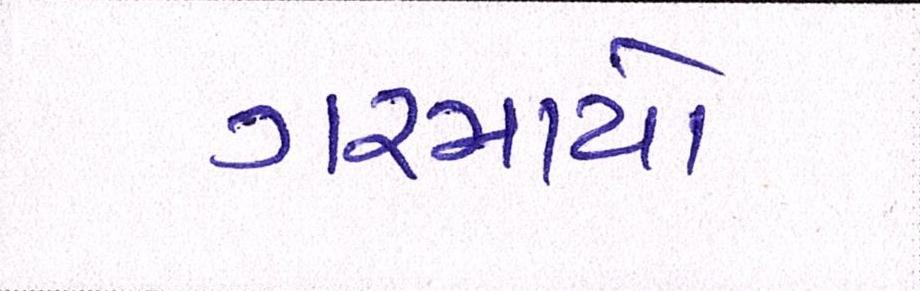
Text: ગરમાયો